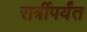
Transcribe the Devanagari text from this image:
रात्रींपर्यंत